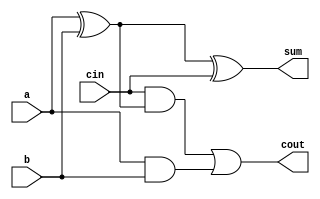
// CA LAB 1 : Double Precision Floating Point Number Adder Design
// N Sree Dhyuti : CED19I027

// Full Adder Module
module FA_structural(a, b, cin, sum, cout); 
    
    input a, b, cin;
    output sum, cout; 
 	
    wire w1, w2, w3;
    xor g1 (sum, a, b, cin);
    xor g2 (w3, a, b);
    and a1 (w1, a, b);
    and a2 (w2, cin, w3);
    or o1 (cout, w2, w1);
	
endmodule

// 11-Bit ripple carry Adder
module ripple_adder(a, b, cin, sum, cout);
    
	input [10:0] a, b;
	input cin;
	
	output [10:0] sum;
	output cout;
	
	wire w1, w2, w3, w4, w5, w6, w7, w8, w9, w10;
		
	FA_structural a1 (a[0], b[0], cin, sum[0], w1);
	FA_structural a2 (a[1], b[1], w1, sum[1], w2);
	FA_structural a3 (a[2], b[2], w2, sum[2], w3);
	FA_structural a4 (a[3], b[3], w3, sum[3], w4);
	FA_structural a5 (a[4], b[4], w4, sum[4], w5);
	FA_structural a6 (a[5], b[5], w5, sum[5], w6);
	FA_structural a7 (a[6], b[6], w6, sum[6], w7);
	FA_structural a8 (a[7], b[7], w7, sum[7], w8);
	FA_structural a9 (a[8], b[8], w8, sum[8], w9);
	FA_structural a10 (a[9], b[9], w9, sum[9], w10);
	FA_structural a11 (a[10], b[10], w10, sum[10], cout);
	
endmodule

// 52-Bir Ripple Carry Adder
module rca(a, b, cin, sum, cout);
 	input [52:0] a ,b;
	input cin;
	
	output [52:0] sum;
	output cout;
	wire [52:0] w;
	
	genvar i;
	FA_structural f1(a[0], b[0], cin, sum[0], w[1]);
	generate
		for(i = 1; i < 52; i = i + 1)
		begin
			FA_structural uut(a[i], b[i], w[i], sum[i], w[i+1]);
		end 
	endgenerate
	
	FA_structural f52(a[52], b[52], w[52], sum[52], cout);
	
endmodule

// Module to detect right most zeroes
module zero_detector(I, O);

    input [51:0] I;
    output [5:0] O;

    assign O=(I[51])?0: (I[50])?1: (I[49])?2: (I[48])?3:
		    (I[47])?4: (I[46])?5: (I[45])?6: (I[44])?7:
		    (I[43])?8: (I[42])?9: (I[41])?10: (I[40])?11:
		    (I[39])?12: (I[38])?13: (I[37])?14: (I[36])?15:
		    (I[35])?16: (I[34])?17: (I[33])?18: (I[32])?19:
		    (I[31])?20: (I[30])?21: (I[29])?22: (I[28])?23:
		    (I[27])?24: (I[26])?25: (I[25])?26: (I[24])?27:
		    (I[23])?28: (I[22])?29: (I[21])?30: (I[20])?31:
		    (I[19])?32: (I[18])?33: (I[17])?34: (I[16])?35:
		    (I[15])?36: (I[14])?37: (I[13])?38: (I[12])?39:
		    (I[11])?40: (I[10])?41: (I[9])?42: (I[8])?43:
		    (I[7])?44: (I[6])?45: (I[5])?46: (I[4])?47:
		    (I[3])?48: (I[2])?49: (I[1])?50: (I[0])?51:52;

endmodule

// Module to Normalize the given value
module normalize(m3c, mn3, e11, x, m33, e33);
    
    input m3c, x;
    input[52:0] mn3;
    input[10:0] e11;
    
    output wire[51:0] m33;
    output wire[10:0] e33;
    
	wire [5:0] lead_zero_len;
	
	zero_detector z (mn3[52:1], lead_zero_len);
	
	wire [51:0] sub_mn3_r;
	
	assign sub_mn3_r = mn3[52:1] << (lead_zero_len + 1);
		
	assign m33 = (m3c == 1'b1)? (x == 1'b0 ? mn3[52:1] : sub_mn3_r) : mn3[51:0];
	assign e33 = (m3c == 1'b1)? (x == 1'b0 ? e11 + 1: (e11 - lead_zero_len)) : e11;


endmodule

// Double Precision Floating point adder module
module dpfp_adder(s1, e1, m1, s2, e2, m2, s, m, e);

    // s denotes sign of the number
	input s1,s2;
	
	// e denotes value of exponent for base 2
	input [10:0] e1, e2;
	
	// m denotes the mantissa of the number
	input [51:0] m1, m2;
	
	// outputs
	output wire [51:0] m;
	output wire [10:0] e;
	output wire s;
	
	wire [10:0] n;
	wire cout, cout2;
	wire x;
	
	wire [51:0] m11, m22, m33;

	wire [10:0] e11, e22, e33;
	
	wire [52:0] mn1, mn2, mn3, temp;
	wire [52:0] a1, a2, o;
	
	wire m3_c;
	
	assign m11 = (e2 > e1 || (e2 == e1 && m2 > m1))? m2 : m1;
	assign m22 = (e2 > e1 || (e2 == e1 && m2 > m1))? m1 : m2;
	assign e11 = (e2 > e1 || (e2 == e1 && m2 > m1))? e2 : e1;
	assign e22 = (e2 > e1 || (e2 == e1 && m2 > m1))? e1 : e2;
	
	//Set E3=E1 and S3=S1(bigger number)
	//Calculate D = E1 - E2.
	ripple_adder r1 (e11, ~e22, 1'b1, n, cout);
	
	//Left Shift M2 ( along with 1.) by D.
	assign mn2 = {1'b1,m22} >> n;
	
	assign mn1 = {1'b1, m11};
	
	//XOR to know if the numbers have same sign or not.
	assign x = s1 ^ s2;
	
	//to get m2 for addition and ~m2 for subtraction. 
	assign a1 = {53{x}} & (~mn2);   //if x==1 ( subtract)
	
	//and an2 (a2,a12,m_n2);
	assign a2 = {53{~x}} & mn2;   //if x==0  (add)
	
	//or o1 (o,a1,a2);
	assign o = a1 | a2;
	
	rca r_op1 (mn1, o, x, mn3, m3c);
	
	//NORMALIZE
	normalize nn(m3c, mn3, e11, x, m, e);

	assign s = (e2 > e1 || (e2 == e1 && m2 > m1))? s2 : s1; 

endmodule